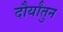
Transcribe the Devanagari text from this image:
दौर्यांतुन